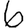
Digit: 6